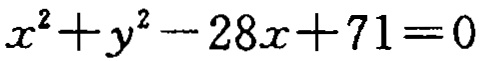
\(x^{2}+y^{2}-28x + 71 = 0\)